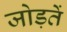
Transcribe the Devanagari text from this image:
जोड़तें